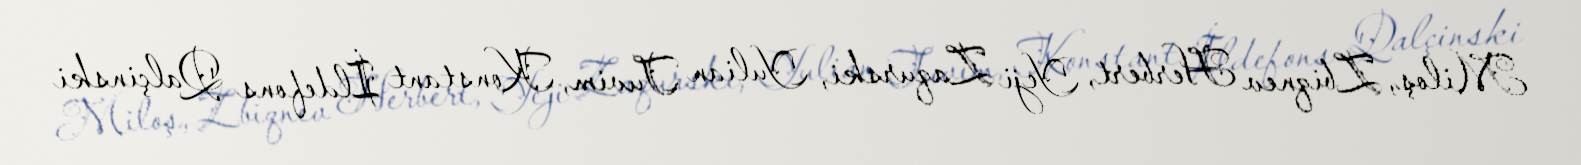
Miloş, Zbiqnev Herbert, Yeji Zaqurski, Yulian Tuvim, Konstant İldefons Qalçinski